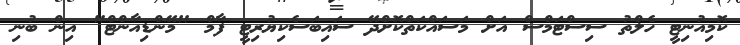
ކޮމިއުނިޓީ ހެލްތު ސިސްޓަމްސް އަށް މަސައްކަތްކޮށްދޭ ސައިބަސެކިޔުރިޓީ ފާމް "މޭންޑިއާންޓް" އިން ބުނި